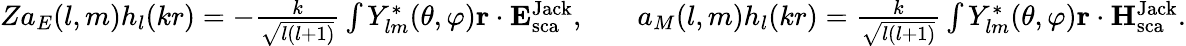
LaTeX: \begin{array}{rlr}{Za_{E}(l,m)h_{l}(kr)=-\frac{k}{\sqrt{l(l+1)}}\int Y_{lm}^{*}(\theta,\varphi){\mathbf r}\cdot{\mathbf E}_{\mathrm{{sca}}}^{\mathrm{{Jack}}},}&{{}}&{a_{M}(l,m)h_{l}(kr)=\frac{k}{\sqrt{l(l+1)}}\int Y_{lm}^{*}(\theta,\varphi){\mathbf r}\cdot{\mathbf H}_{\mathrm{{sca}}}^{\mathrm{{Jack}}}.}\end{array}